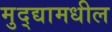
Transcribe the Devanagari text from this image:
मुद्द्यामधील